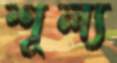
শূল্য